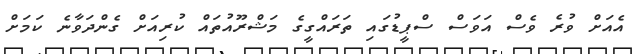
އެއަށް ވުރެ ވެސް އަވަސް ސްޕީޑުގައި ތަރައްގީގެ މަޝްރޫއުތައް ކުރިއަށް ގެންދަވާނެ ކަމަށް